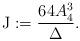
LaTeX: \begin{align*}{\rm J}:=\frac{64A_4^3}{\Delta}.\end{align*}